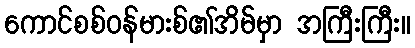
ကောင်စစ်ဝန်မားစ်၏အိမ်မှာ အကြီးကြီး။